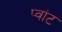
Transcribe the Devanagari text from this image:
प्वांट